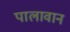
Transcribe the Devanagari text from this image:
पालावान